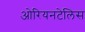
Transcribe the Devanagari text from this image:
ओरियनटेलिस